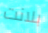
بلانت